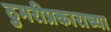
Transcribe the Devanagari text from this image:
ठुमरीप्रकाराच्या